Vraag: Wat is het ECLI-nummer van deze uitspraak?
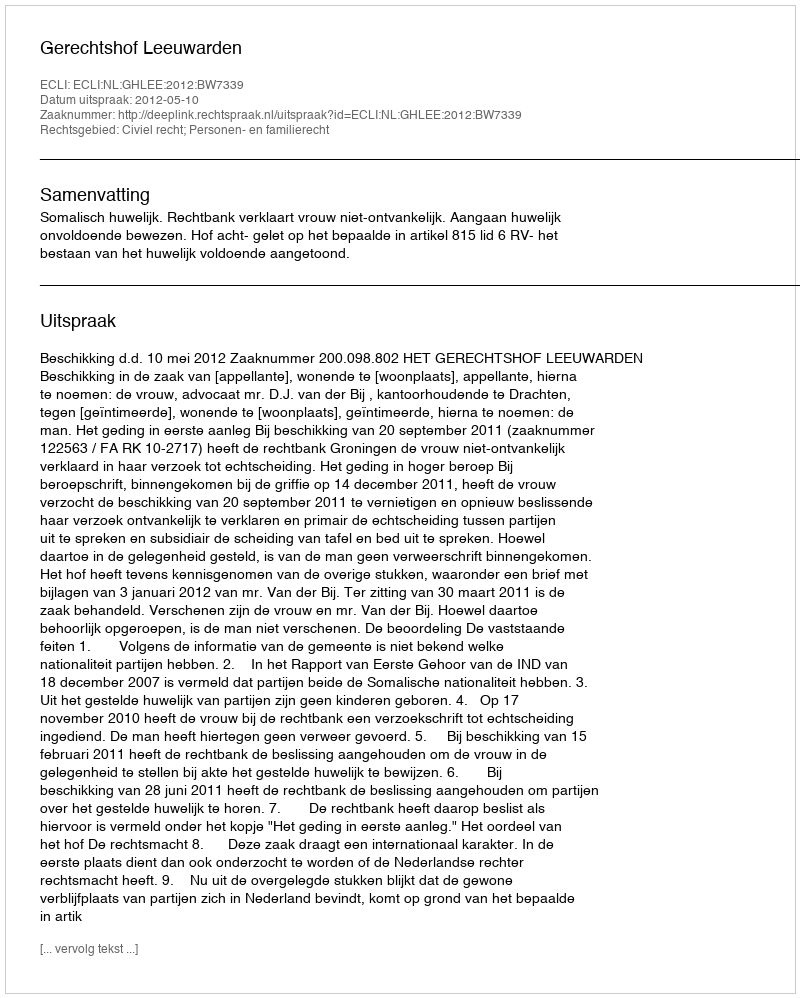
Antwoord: ECLI:NL:GHLEE:2012:BW7339